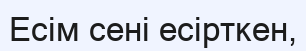
Есім сені есірткен,